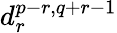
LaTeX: d_{r}^{p-r,q+r-1}